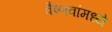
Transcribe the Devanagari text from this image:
वैष्णवांमध्ये